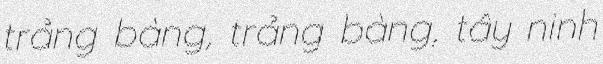
trảng bàng, trảng bàng, tây ninh